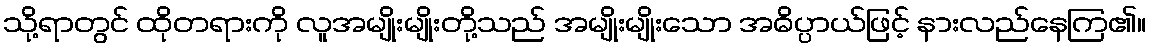
သို့ရာတွင် ထိုတရားကို လူအမျိုးမျိုးတို့သည် အမျိုးမျိုးသော အဓိပ္ပာယ်ဖြင့် နားလည်နေကြ၏။